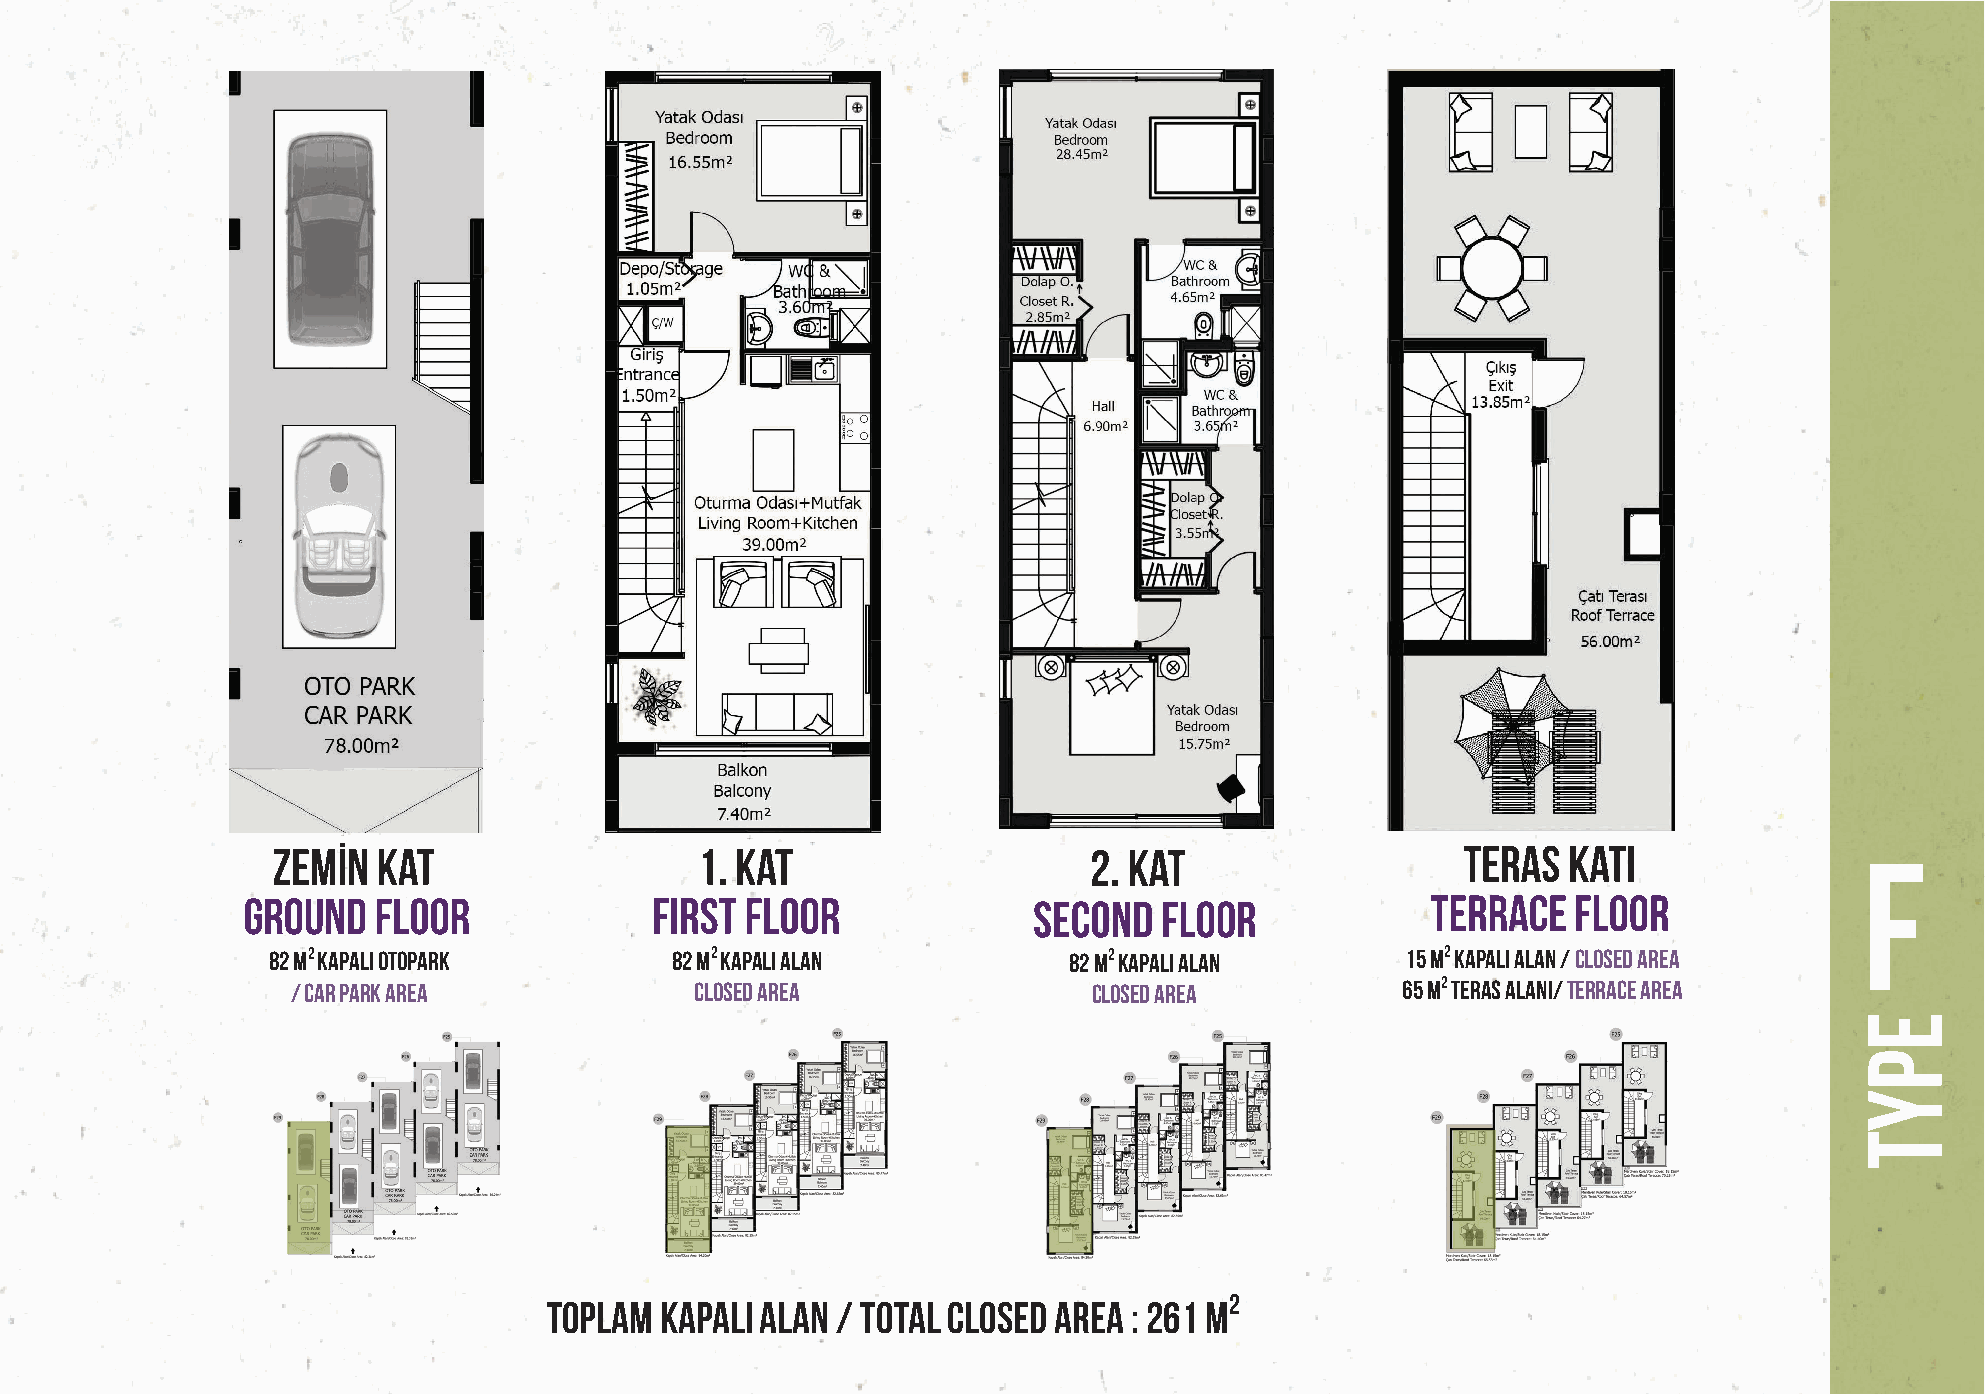
ZEMİN  KAT                  1. KAT                    2. KAT                   TERAS  KATI               F
 GROUND   FLOOR             FIRST FLOOR              SECOND   FLOOR             TERRACE  FLOOR
 82 m2 Kapalı OTOPARK      82 m2 Kapalı ALAN          82 m2 Kapalı ALAN     15 m2 Kapalı ALAN / CLOSED AREA
 / CAR PARk AREA            CLOSED AREA               CLOSED AREA          65 m2 TERAS ALANI/ TERRACE AREA
 TOPLAM  KAPALI ALAN / TOTAL CLOSED AREA : 261 m2
 EPYT